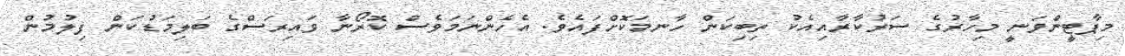
މިޕާޓީންވަނީ މިހާރުގެ ސަރުކާރާއިއެކު ތިބިކަން ހާނމަކޮށްފައެވެ. އެހެންނަމަވެސް ކޮރޯނާ ވައިރަސްގެ ބަލިމަޑުކަން ފިލުމުން